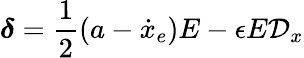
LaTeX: \boldsymbol{\delta}=\frac{1}{2}(a-\dot{x}_{e})E-\epsilon E\mathcal{D}_{x}